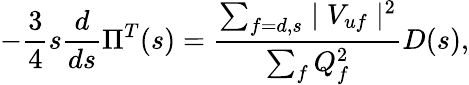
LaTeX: -\frac{3}{4}s\frac{d}{ds}\Pi^{T}(s)=\frac{\sum_{f=d,s}\mid V_{uf}\mid^{2}}{\sum_{f}Q_{f}^{2}}D(s),